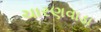
ચારણવાડા